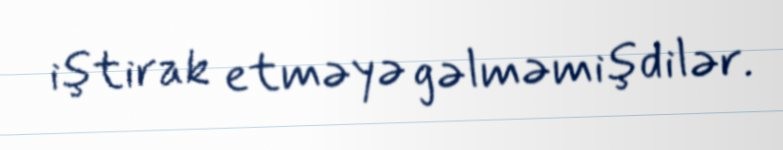
iştirak etməyə gəlməmişdilər.